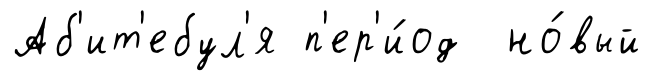
Аб'ит'ебул'я п'ер'и́од но́вый